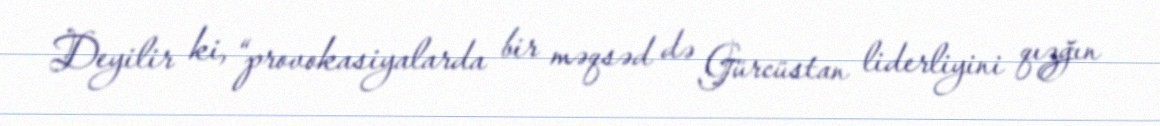
Deyilir ki, “provokasiyalarda bir məqsəd də Gürcüstan liderliyini qızğın